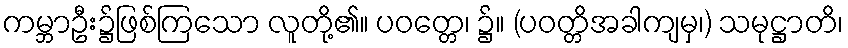
ကမ္ဘာဦး၌ဖြစ်ကြသော လူတို့၏။ ပဝတ္တေ၊ ၌။ (ပဝတ္တိအခါကျမှ၊) သမုဋ္ဌာတိ၊